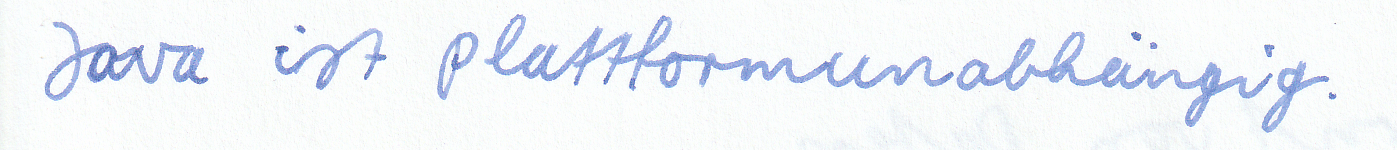
Java ist plattformunabhängig.